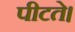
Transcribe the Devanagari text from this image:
पीटते।